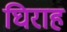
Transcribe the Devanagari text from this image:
घिराह